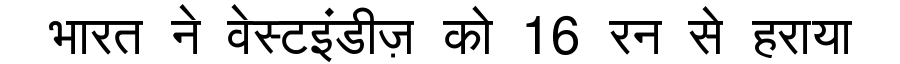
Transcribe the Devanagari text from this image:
भारत ने वेस्टइंडीज़ को 16 रन से हराया